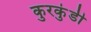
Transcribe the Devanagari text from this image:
कुरकुंडी